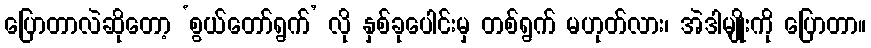
ပြောတာလဲဆိုတော့ ‘စွယ်တော်ရွက်’ လို နှစ်ခုပေါင်းမှ တစ်ရွက် မဟုတ်လား၊ အဲဒါမျိုးကို ပြောတာ။